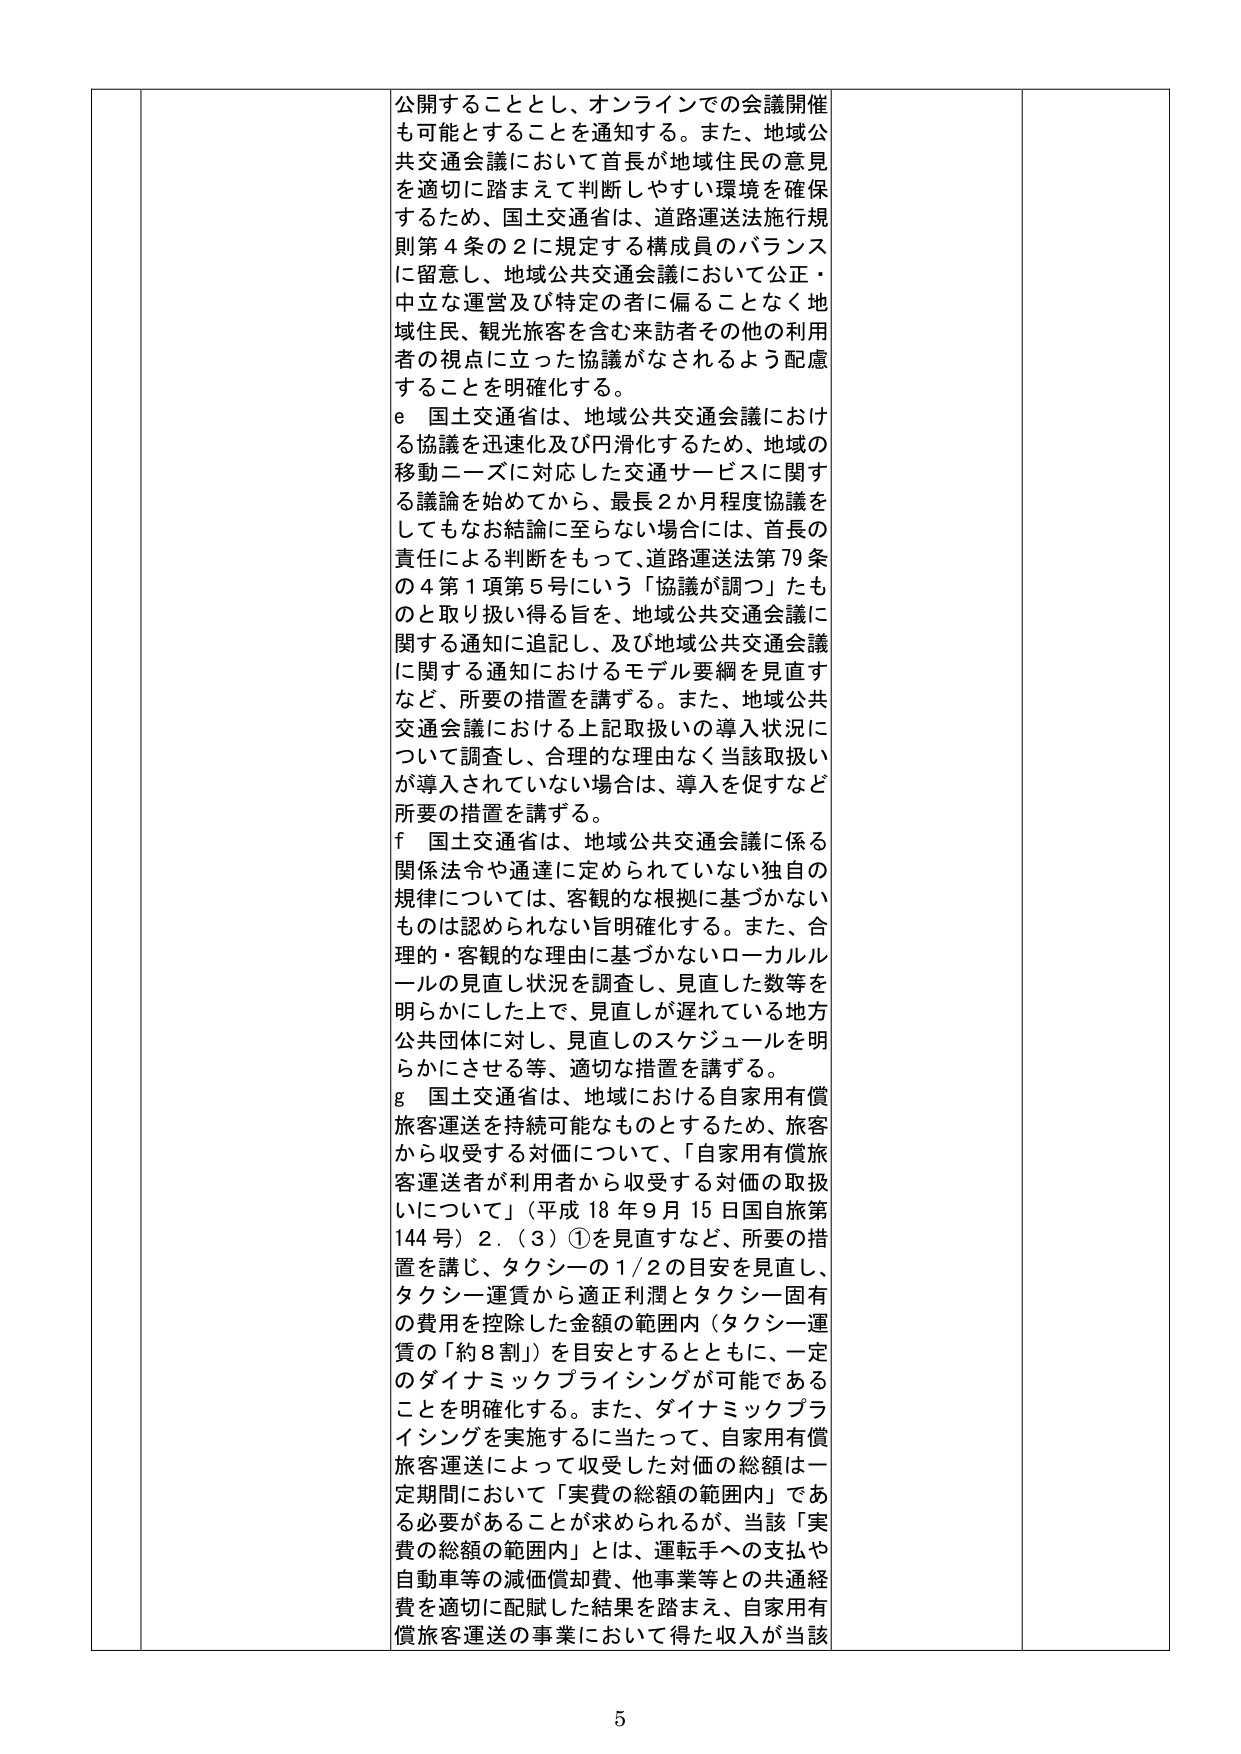
公開することとし、オンラインでの会議開催も可能とすることを通知する。また、地域公共交通会議において首長が地域住民の意見を適切に踏まえて判断しやすい環境を確保するため、国土交通省は、道路運送法施行規則第4条の2に規定する構成員のバランスに留意し、地域公共交通会議において公正・中立な運営及び特定の者に偏ることなく地域住民、観光旅客を含む来訪者その他の利用者の視点に立った協議がなされるよう配慮することを明確化する。

e 国土交通省は、地域公共交通会議における協議を迅速化及び円滑化するため、地域の移動ニーズに対応した交通サービスに関する議論を始めてから、最長2か月程度協議をしてもなお結論に至らない場合には、首長の責任による判断をもって、道路運送法第79条の4第1項第5号にいう「協議が調つ」たものと取り扱い得る旨を、地域公共交通会議に関する通知に追記し、及び地域公共交通会議に関する通知におけるモデル要綱を見直すなど、所要の措置を講ずる。また、地域公共交通会議における上記取扱いの導入状況について調査し、合理的な理由なく当該取扱いが導入されていない場合は、導入を促すなど所要の措置を講ずる。

f 国土交通省は、地域公共交通会議に係る関係法令や通達に定められていない独自の規律については、客観的な根拠に基づかないものは認められない旨明確化する。また、合理的・客観的な理由に基づかないローカルルールの見直し状況を調査し、見直した数等を明らかにした上で、見直しが遅れている地方公共団体に対し、見直しのスケジュールを明らかにさせる等、適切な措置を講ずる。

g 国土交通省は、地域における自家用有償旅客運送を持続可能なものとするため、旅客から収受する対価について、「自家用有償旅客運送者が利用者から収受する対価の取扱いについて」（平成18年9月15日国自旅第144号）2．（3）①を見直すなど、所要の措置を講じ、タクシーの1/2の目安を見直し、タクシー運賃から適正利潤とタクシー固有の費用を控除した金額の範囲内（タクシー運賃の「約8割」）を目安とするとともに、一定のダイナミックプライシングが可能であることを明確化する。また、ダイナミックプライシングを実施によって当たって、自家用有償旅客運送によって収受した対価の総額は一定期間において「実費の総額の範囲内」である必要があることが求められるが、当該「実費の総額の範囲内」とは、運転手への支払や自動車等の減価償却費、他事業等との共通経費を適切に配賦した結果を踏まえ、自家用有償旅客運送の事業において得た収入が当該

5